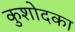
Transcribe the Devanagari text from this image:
कुशोदका